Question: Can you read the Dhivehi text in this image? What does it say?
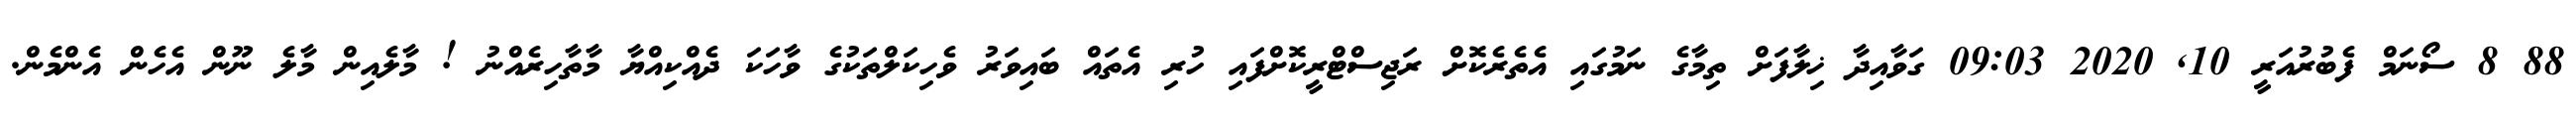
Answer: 88 8 ސޯނަމް ފެބުރުއަރީ 10, 2020 09:03 ގަވާއިދާ ޚިލާފަށް ތިމާގެ ނަމުގައި އެތެރެކޮށް ރަޖިސްޓްރީކޮށްފައި ހުރި އެތައް ބައިވަރު ވެހިކަލްތަކުގެ ވާހަކަ ދެއްކިއްޔާ މާތާހިރެއްނު ! މާލެއިން މާލެ ނޫން އެހެން އެންމެން.